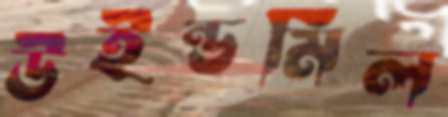
উইন্ডমিল